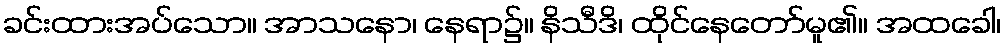
ခင်းထားအပ်သော။ အာသနော၊ နေရာ၌။ နိသီဒိ၊ ထိုင်နေတော်မူ၏။ အထခေါ၊